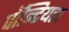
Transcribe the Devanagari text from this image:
पॉन्टियस